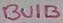
Text: BUIB